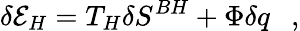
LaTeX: \delta{\cal E}_{H}=T_{H}\delta S^{BH}+\Phi\delta q~~~,